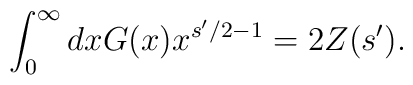
\int_0^\infty dx G (x) x^{s'/2 - 1} = 2 Z(s').